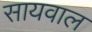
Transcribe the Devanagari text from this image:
सायवाल